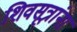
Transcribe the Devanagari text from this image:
शिवसूत्रांना